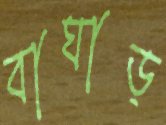
বাঘাড়